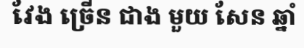
វែង ច្រើន ជាង មួយ សែន ឆ្នាំ